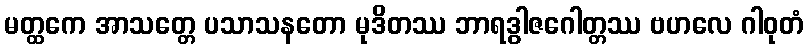
မတ္ထကေ အာသတ္တေ ပသာသနတော မုဒိတဿ ဘာရဒွါဇဂေါတ္တဿ ဗဟလေ ဂါဝုတံ